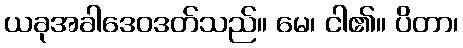
ယခုအခါဒေဝဒတ်သည်။ မေ၊ ငါ၏။ ပိတာ၊